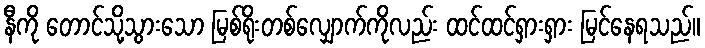
နီကို တောင်သို့သွားသော မြစ်ရိုးတစ်လျှောက်ကိုလည်း ထင်ထင်ရှားရှား မြင်နေရသည်။